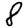
Digit: 8